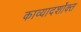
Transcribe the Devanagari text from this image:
काव्यादर्शोक्त